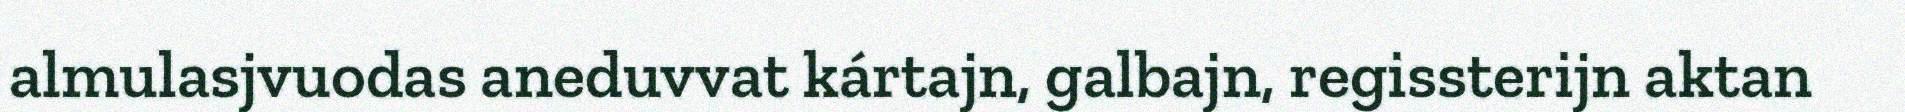
almulasjvuodas aneduvvat kártajn, galbajn, regissterijn aktan